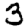
Digit: 5